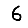
Digit: 6